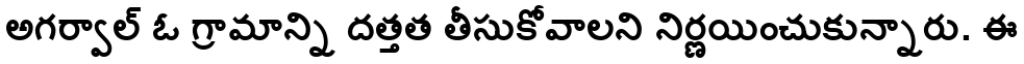
అగర్వాల్ ఓ గ్రామాన్ని దత్తత తీసుకోవాలని నిర్ణయించుకున్నారు. ఈ